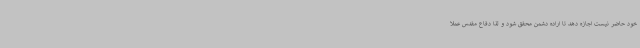
خود حاضر نیست اجازه دهد تا اراده دشمن محقق شود و لذا دفاع مقدس عملاً